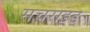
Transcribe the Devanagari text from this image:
सचराइड